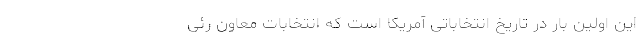
این اولین بار در تاریخ انتخاباتی آمریکا است که انتخابات معاون رئی